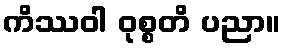
ကိဿဝါ ဝုစ္စတိ ပညာ။